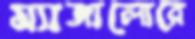
ম্যাঙ্গালোরে